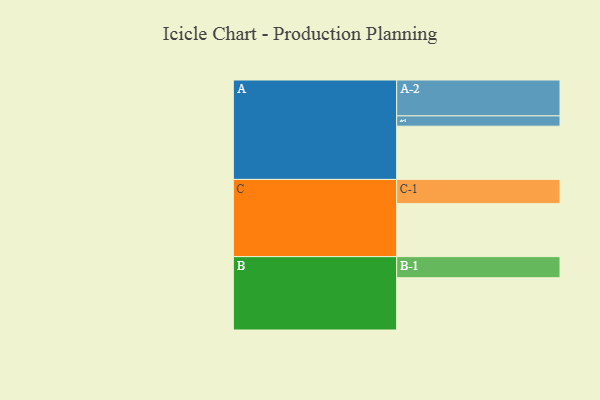
{"axis": {"x": "Segment", "y": "Value"}, "legend": ["", "A", "B", "C"], "data": [{"x": "A", "y": 429, "type": ""}, {"x": "B", "y": 421, "type": ""}, {"x": "C", "y": 427, "type": ""}, {"x": "A-1", "y": 83, "type": "A"}, {"x": "A-2", "y": 289, "type": "A"}, {"x": "B-1", "y": 170, "type": "B"}, {"x": "C-1", "y": 195, "type": "C"}]}